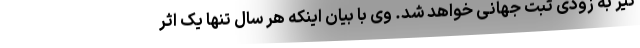
نیز به زودی ثبت جهانی خواهد شد. وی با بیان اینکه هر سال تنها یک اثر